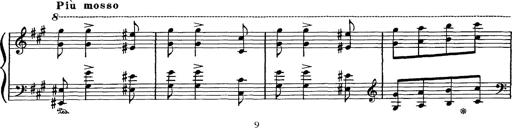
Title: Hungarian Rhapsody No.16
Composer: Franz Liszt
Key: A minor